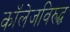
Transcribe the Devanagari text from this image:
कॉलेजविरुद्ध